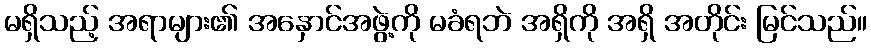
မရှိသည့် အရာများ၏ အနှောင်အဖွဲ့ကို မခံရဘဲ အရှိကို အရှိ အတိုင်း မြင်သည်။